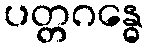
ပတ္တဂန္ဓေ